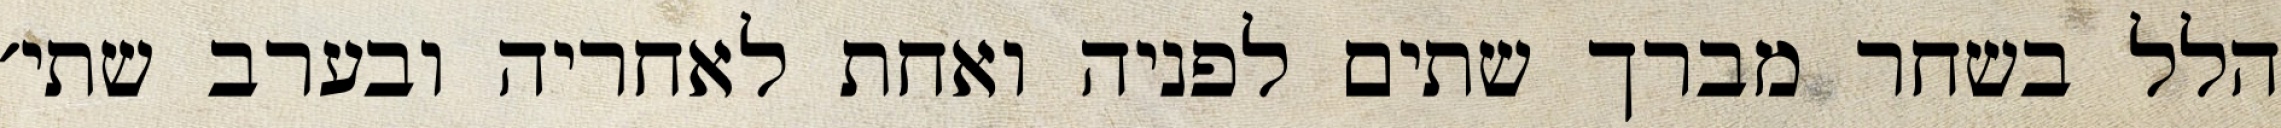
הלל בשחר מברך שתים לפניה ואחת לאחריה ובערב שתי׳